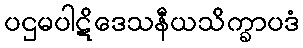
ပဌမပါဋိဒေသနီယသိက္ခာပဒံ